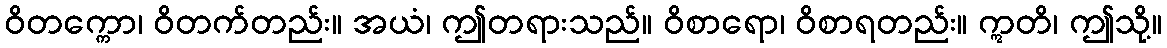
ဝိတက္ကော၊ ဝိတက်တည်း။ အယံ၊ ဤတရားသည်။ ဝိစာရော၊ ဝိစာရတည်း။ ဣတိ၊ ဤသို့။